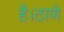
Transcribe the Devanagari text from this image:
है।ठाणे